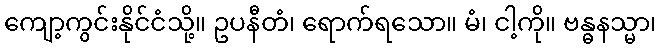
ကျော့ကွင်းနိုင်ငံသို့။ ဥပနီတံ၊ ရောက်ရသော။ မံ၊ ငါ့ကို။ ဗန္ဓနသ္မာ၊